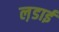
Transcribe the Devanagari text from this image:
ल़डाई